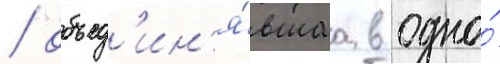
/ объед'ин'я́вшаа в одно́